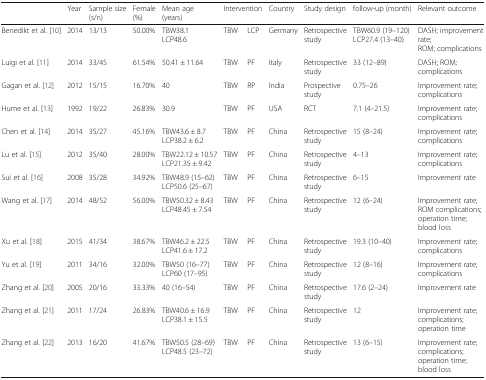
<table><thead><tr><td></td><td><b>Year</b></td><td><b>Sample size (s/n)</b></td><td><b>Female (%)</b></td><td><b>Mean age (years)</b></td><td colspan="2"><b>Intervention</b></td><td><b>Country</b></td><td><b>Study design</b></td><td><b>follow-up (month)</b></td><td><b>Relevant outcome</b></td></tr></thead><tbody><tr><td>Benedikt et al. [10]</td><td>2014</td><td>13/13</td><td>50.00%</td><td>TBW38.1LCP48.6</td><td>TBW</td><td>LCP</td><td>Germany</td><td>Retrospective study</td><td>TBW60.9 (19–120)LCP27.4 (13–40)</td><td>DASH; improvement rate;ROM; complications</td></tr><tr><td>Luigi et al. [11]</td><td>2014</td><td>33/45</td><td>61.54%</td><td>50.41 ± 11.64</td><td>TBW</td><td>PF</td><td>Italy</td><td>Retrospective study</td><td>33 (12–89)</td><td>DASH; ROM; complications</td></tr><tr><td>Gagan et al. [12]</td><td>2012</td><td>15/15</td><td>16.70%</td><td>40</td><td>TBW</td><td>RP</td><td>India</td><td>Prospective study</td><td>0.75–26</td><td>Improvement rate;complications</td></tr><tr><td>Hume et al. [13]</td><td>1992</td><td>19/22</td><td>26.83%</td><td>30.9</td><td>TBW</td><td>PF</td><td>USA</td><td>RCT</td><td>7.1 (4–21.5)</td><td>Improvement rate; complications</td></tr><tr><td>Chen et al. [14]</td><td>2014</td><td>35/27</td><td>45.16%</td><td>TBW43.6 ± 8.7LCP38.2 ± 6.2</td><td>TBW</td><td>PF</td><td>China</td><td>Retrospective study</td><td>15 (8–24)</td><td>Improvement rate; complications</td></tr><tr><td>Lu et al. [15]</td><td>2012</td><td>35/40</td><td>28.00%</td><td>TBW22.12 ± 10.57LCP21.35 ± 9.42</td><td>TBW</td><td>PF</td><td>China</td><td>Retrospective study</td><td>4–13</td><td>Improvement rate; complications</td></tr><tr><td>Sui et al. [16]</td><td>2008</td><td>35/28</td><td>34.92%</td><td>TBW48.9 (15–62)LCP50.6 (25–67)</td><td>TBW</td><td>PF</td><td>China</td><td>Retrospective study</td><td>6–15</td><td>Improvement rate</td></tr><tr><td>Wang et al. [17]</td><td>2014</td><td>48/52</td><td>56.00%</td><td>TBW50.32 ± 8.43LCP48.45 ± 7.54</td><td>TBW</td><td>PF</td><td>China</td><td>Retrospective study</td><td>12 (6–24)</td><td>Improvement rate; ROM complications;operation time; blood loss</td></tr><tr><td>Xu et al. [18]</td><td>2015</td><td>41/34</td><td>38.67%</td><td>TBW46.2 ± 22.5LCP41.6 ± 17.2</td><td>TBW</td><td>PF</td><td>China</td><td>Retrospective study</td><td>19.3 (10–40)</td><td>Improvement rate; complications</td></tr><tr><td>Yu et al. [19]</td><td>2011</td><td>34/16</td><td>32.00%</td><td>TBW50 (16–77)LCP60 (17–95)</td><td>TBW</td><td>PF</td><td>China</td><td>Retrospective study</td><td>12 (8–16)</td><td>Improvement rate; complications</td></tr><tr><td>Zhang et al. [20]</td><td>2005</td><td>20/16</td><td>33.33%</td><td>40 (16–54)</td><td>TBW</td><td>PF</td><td>China</td><td>Retrospective study</td><td>17.6 (2–24)</td><td>Improvement rate</td></tr><tr><td>Zhang et al. [21]</td><td>2011</td><td>17/24</td><td>26.83%</td><td>TBW40.6 ± 16.9LCP38.1 ± 15.5</td><td>TBW</td><td>PF</td><td>China</td><td>Retrospective study</td><td>12</td><td>Improvement rate;complications;operation time</td></tr><tr><td>Zhang et al. [22]</td><td>2013</td><td>16/20</td><td>41.67%</td><td>TBW50.5 (28–69)LCP48.5 (23–72)</td><td>TBW</td><td>PF</td><td>China</td><td>Retrospective study</td><td>13 (6–15)</td><td>Improvement rate;complications;operation time; blood loss</td></tr></tbody></table>